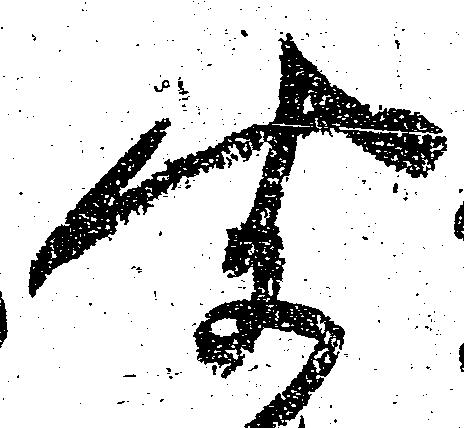
聞